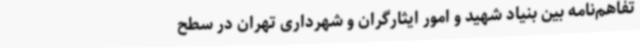
تفاهم‌نامه بین بنیاد شهید و امور ایثارگران و شهرداری تهران در سطح